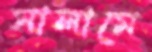
সালামে